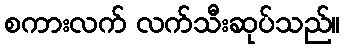
စကားလက် လက်သီးဆုပ်သည်။